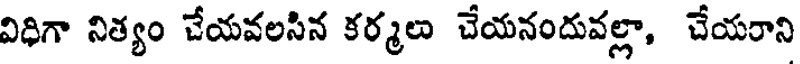
విధిగా నిత్యం చేయవలసిన కర్మలు చేయనందువల్లా, చేయరాని